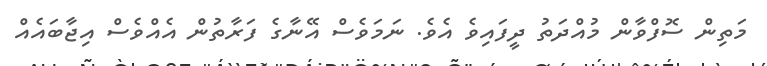
މަތިން ސޮފްވާން މުއްދަތު ދީފައިވެ އެވެ. ނަމަވެސް އޭނާގެ ފަރާތުން އެއްވެސް އިޖާބައެއް